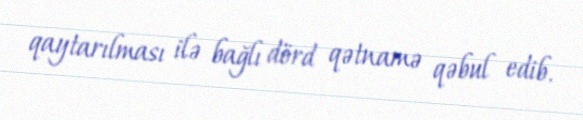
qaytarılması ilə bağlı dörd qətnamə qəbul edib.